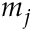
m _ { j }